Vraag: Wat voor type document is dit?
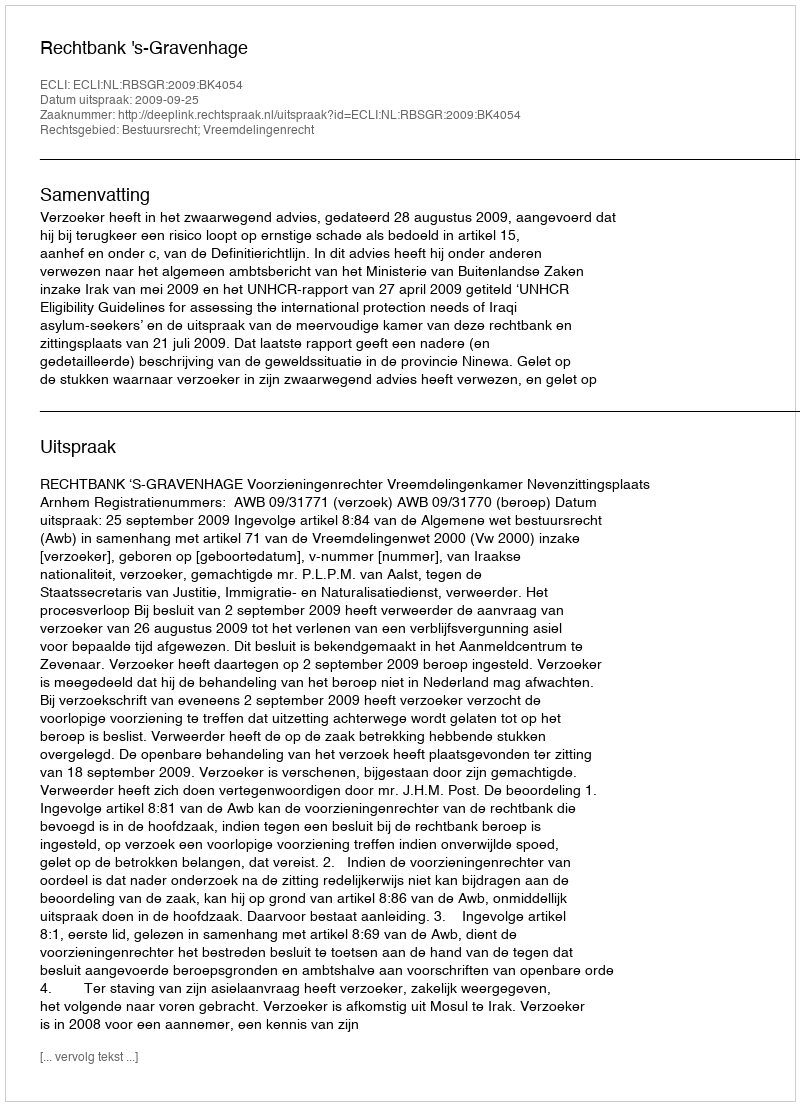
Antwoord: Uitspraak